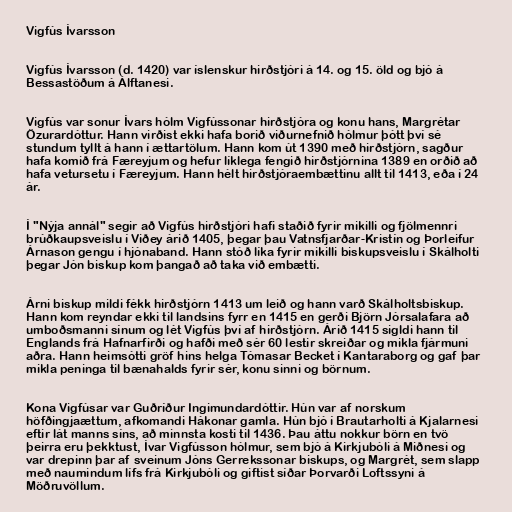
Vigfús Ívarsson

Vigfús Ívarsson (d. 1420) var íslenskur hirðstjóri á 14. og 15. öld og bjó á
Bessastöðum á Álftanesi.

Vigfús var sonur Ívars hólm Vigfússonar hirðstjóra og konu hans, Margrétar
Özurardóttur. Hann virðist ekki hafa borið viðurnefnið hólmur þótt því sé
stundum tyllt á hann í ættartölum. Hann kom út 1390 með hirðstjórn, sagður
hafa komið frá Færeyjum og hefur líklega fengið hirðstjórnina 1389 en orðið að
hafa vetursetu í Færeyjum. Hann hélt hirðstjóraembættinu allt til 1413, eða í 24
ár.

Í "Nýja annál" segir að Vigfús hirðstjóri hafi staðið fyrir mikilli og fjölmennri
brúðkaupsveislu í Viðey árið 1405, þegar þau Vatnsfjarðar-Kristín og Þorleifur
Árnason gengu í hjónaband. Hann stóð líka fyrir mikilli biskupsveislu í Skálholti
þegar Jón biskup kom þangað að taka við embætti.

Árni biskup mildi fékk hirðstjórn 1413 um leið og hann varð Skálholtsbiskup.
Hann kom reyndar ekki til landsins fyrr en 1415 en gerði Björn Jórsalafara að
umboðsmanni sínum og lét Vigfús því af hirðstjórn. Árið 1415 sigldi hann til
Englands frá Hafnarfirði og hafði með sér 60 lestir skreiðar og mikla fjármuni
aðra. Hann heimsótti gröf hins helga Tómasar Becket í Kantaraborg og gaf þar
mikla peninga til bænahalds fyrir sér, konu sinni og börnum.

Kona Vigfúsar var Guðríður Ingimundardóttir. Hún var af norskum
höfðingjaættum, afkomandi Hákonar gamla. Hún bjó í Brautarholti á Kjalarnesi
eftir lát manns síns, að minnsta kosti til 1436. Þau áttu nokkur börn en tvö
þeirra eru þekktust, Ívar Vigfússon hólmur, sem bjó á Kirkjubóli á Miðnesi og
var drepinn þar af sveinum Jóns Gerrekssonar biskups, og Margrét, sem slapp
með naumindum lífs frá Kirkjubóli og giftist síðar Þorvarði Loftssyni á
Möðruvöllum.